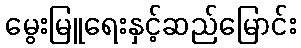
မွေးမြူရေးနှင့်ဆည်မြောင်း